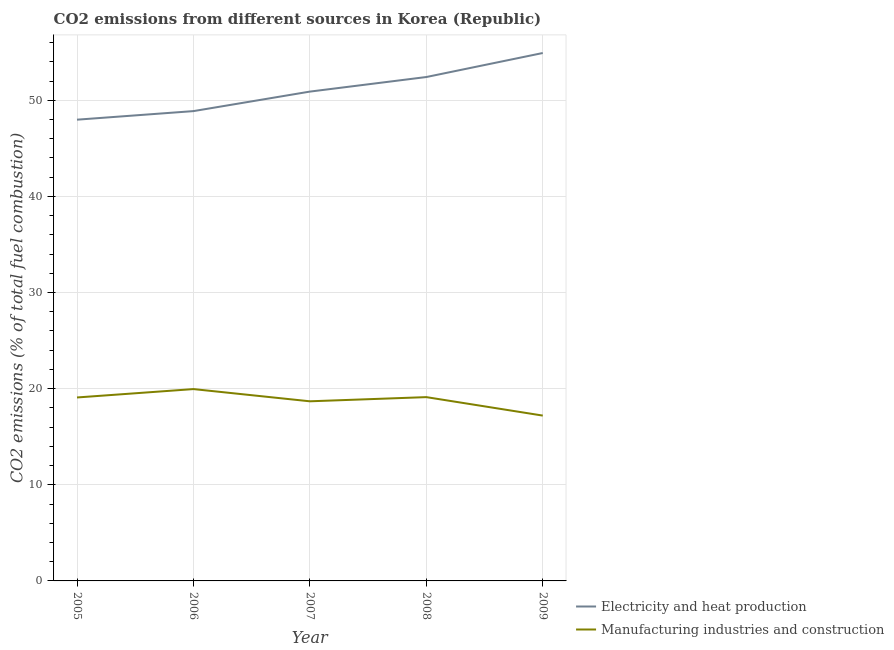
| Year | Electricity and heat production | Manufacturing industries and construction |
 | --- | --- | --- |
 | 2005 | 48 | 19.1 |
 | 2006 | 48.9 | 20 |
 | 2007 | 50.9 | 18.7 |
 | 2008 | 52.4 | 19.1 |
 | 2009 | 54.9 | 17.2 |